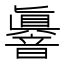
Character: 𮧼